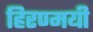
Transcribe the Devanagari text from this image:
हिरण्मयी